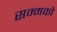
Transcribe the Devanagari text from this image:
सम्मको